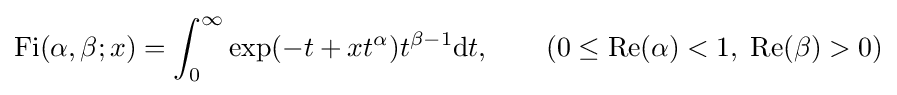
\operatorname {Fi} (\alpha ,\beta ;x)=\int _{0}^{\infty }\exp(-t+xt^{\alpha })t^{\beta -1}\mathrm {d} t,\qquad (0\leq \operatorname {Re} (\alpha )<1,\;\operatorname {Re} (\beta )>0)